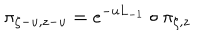
LaTeX: \pi _ { \zeta - u , z - u } = e ^ { - u L _ { - 1 } } \circ \pi _ { \zeta , z }